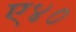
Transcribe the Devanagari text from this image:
ए४०